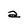
Character: a